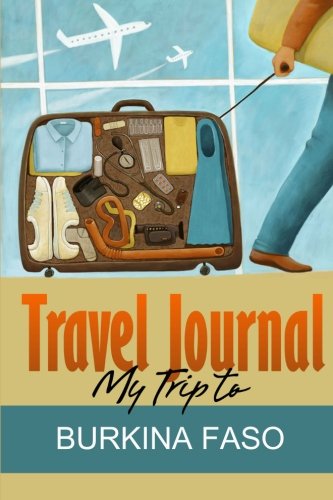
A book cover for Travel Journal: My Trip to Burkina Faso; Travel Diary; Travel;